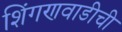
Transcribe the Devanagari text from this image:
शिंगणवाडीची